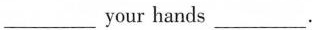
___your hands ___.